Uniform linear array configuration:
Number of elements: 32
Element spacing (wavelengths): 0.5
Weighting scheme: blackman
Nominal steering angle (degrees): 30
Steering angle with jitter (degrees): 31.708
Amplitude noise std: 0.05
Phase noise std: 0.05

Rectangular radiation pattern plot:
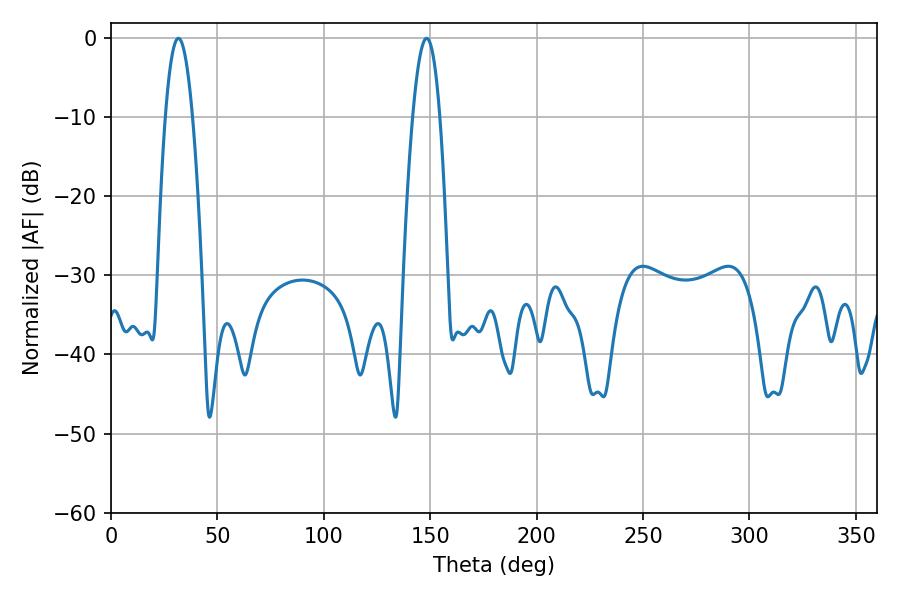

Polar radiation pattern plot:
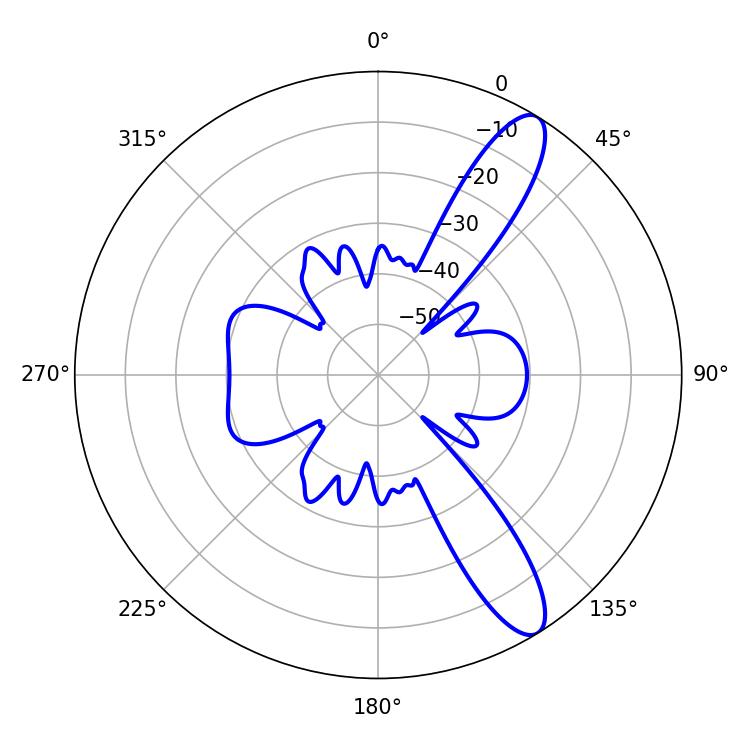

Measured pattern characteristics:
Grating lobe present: FALSE
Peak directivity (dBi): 11.602
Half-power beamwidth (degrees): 7.02
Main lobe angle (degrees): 31.68